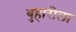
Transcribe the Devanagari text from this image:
बुहारीला